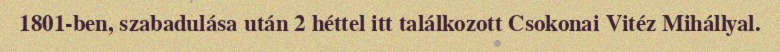
1801-ben, szabadulása után 2 héttel itt találkozott Csokonai Vitéz Mihállyal.